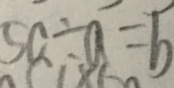
5 0 \div a = 6